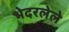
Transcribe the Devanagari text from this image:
भेदरलेले